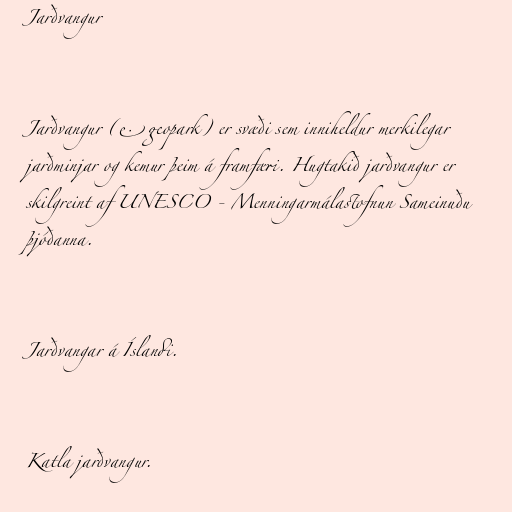
Jarðvangur

Jarðvangur (e. geopark) er svæði sem inniheldur merkilegar
jarðminjar og kemur þeim á framfæri. Hugtakið jarðvangur er
skilgreint af UNESCO - Menningarmálastofnun Sameinuðu
þjóðanna.

Jarðvangar á Íslandi.

Katla jarðvangur.